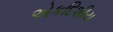
એકદિશીય